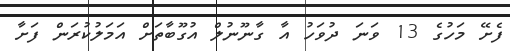
ފެށޭ މަހުގެ 13 ވަނަ ދުވަހު އާ ގާނޫނުލް އުގޫބާތަށް އަމަލުކުރަން ފަށާ